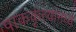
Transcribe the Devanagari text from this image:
पाककृत्यांमध्ये